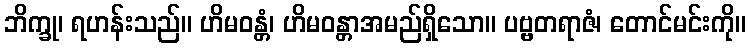
ဘိက္ခု၊ ရဟန်းသည်။ ဟိမဝန္တံ၊ ဟိမဝန္တာအမည်ရှိသော။ ပဗ္ဗတရာဇံ၊ တောင်မင်းကို။